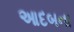
આદબના